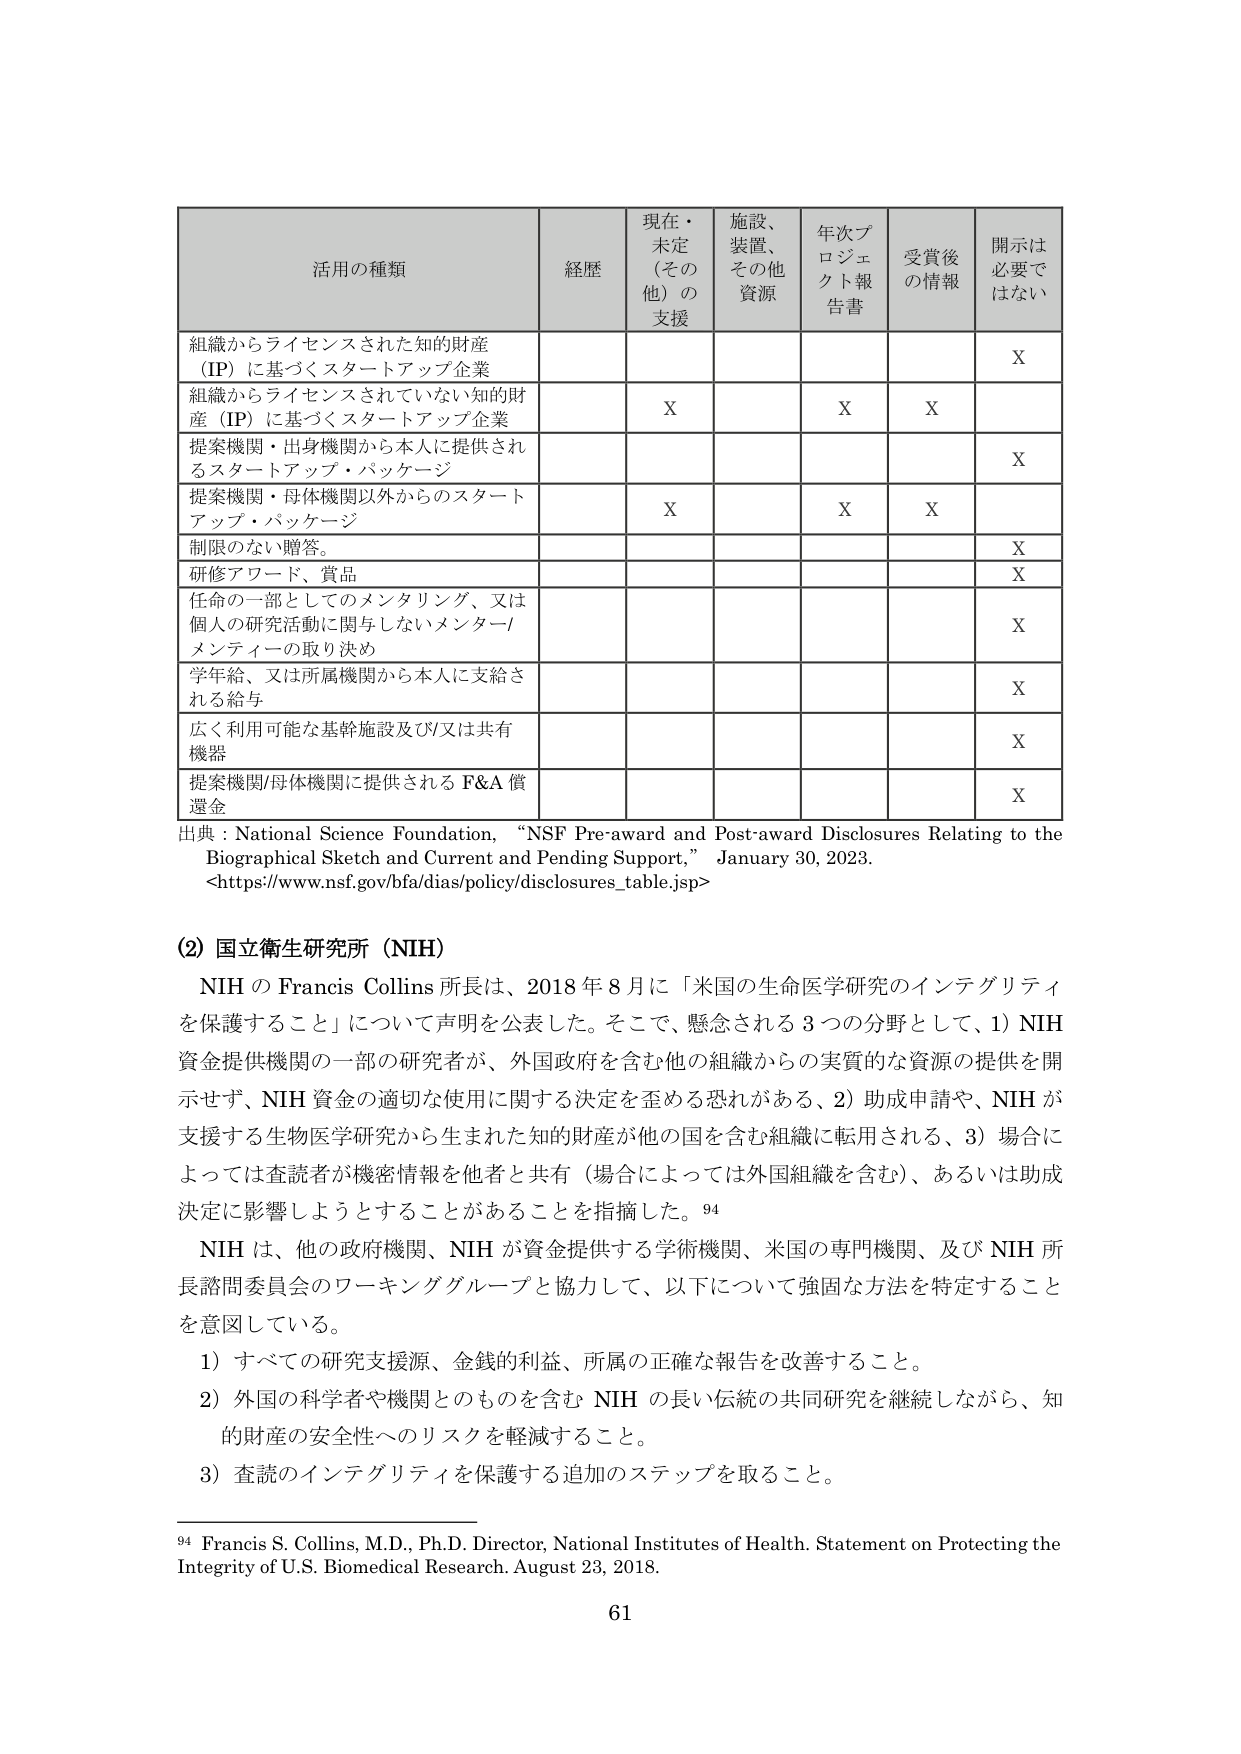
活用の種類 経歴 現在・未定（その他）の支援 施設、装置、その他資源 年次プロジェクト報告書 受賞後の情報 開示は必要ではない
組織からライセンスされた知的財産（IP）に基づくスタートアップ企業 X
組織からライセンスされていない知的財産（IP）に基づくスタートアップ企業 X X X
提案機関・出身機関から本人に提供されるスタートアップ・パッケージ X
提案機関・母体機関以外からのスタートアップ・パッケージ X X X
制限のない贈答。 X
研修アワード、賞品 X
任命の一部としてのメンタリング、又は個人の研究活動に関与しないメンター/メンティの取り決め X
学年給、又は所属機関から本人に支給される給与 X
広く利用可能な基幹施設及び/又は共有機器 X
提案機関/母体機関に提供される F&A 償還金 X
出典：National Science Foundation, “NSF Pre-award and Post-award Disclosures Relating to the Biographical Sketch and Current and Pending Support,” January 30, 2023. <https://www.nsf.gov/bfa/dias/policy/disclosures_table.jsp>
(2) 国立衛生研究所（NIH）
NIH の Francis Collins 所長は、2018 年 8 月に「米国の生命医学研究のインテグリティを保護すること」について声明を公表した。そこで、懸念される 3 つの分野として、1) NIH 資金提供機関の一部の研究者が、外国政府を含む他の組織からの実質的な資源の提供を開示せず、NIH 資金の適切な使用に関する決定を歪める恐れがある、2) 助成申請や、NIH が支援する生物医学研究から生まれた知的財産が他の国を含む組織に転用される、3) 場合によっては査読者が機密情報を他者と共有（場合によっては外国組織を含む）、あるいは助成決定に影響しようとすることがあることを指摘した。94
NIH は、他の政府機関、NIH が資金提供する学術機関、米国の専門機関、及び NIH 所長諮問委員会のワーキンググループと協力して、以下について強固な方法を特定することを意図している。
1) すべての研究支援源、金銭的利益、所属の正確な報告を改善すること。
2) 外国の科学者や機関とのものを含む NIH の長い伝統の共同研究を継続しながら、知的財産の安全性へのリスクを軽減すること。
3) 査読のインテグリティを保護する追加のステップを取ること。
94 Francis S. Collins, M.D., Ph.D. Director, National Institutes of Health. Statement on Protecting the Integrity of U.S. Biomedical Research. August 23, 2018.
61